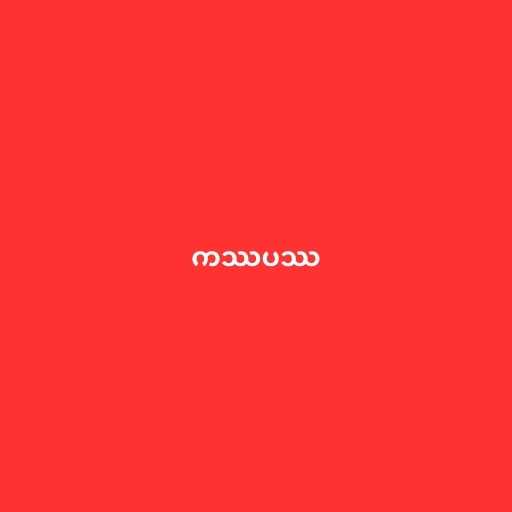
ကဿပဿ